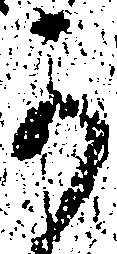
可